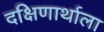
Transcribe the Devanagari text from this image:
दक्षिणार्थाला